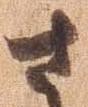
さ